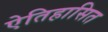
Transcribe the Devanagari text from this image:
ऐतिहासित